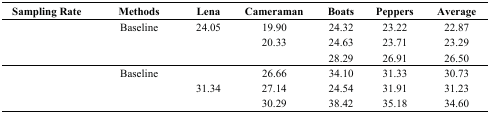
<table><thead><tr><td><b>Sampling Rate</b></td><td><b>Methods</b></td><td><b>Lena</b></td><td><b>Cameraman</b></td><td><b>Boats</b></td><td><b>Peppers</b></td><td><b>Average</b></td></tr></thead><tbody><tr><td rowspan="3">[EMPTY_CELL]</td><td>Baseline</td><td>24.05</td><td>19.90</td><td>24.32</td><td>23.22</td><td>22.87</td></tr><tr><td>[EMPTY_CELL]</td><td>[EMPTY_CELL]</td><td>20.33</td><td>24.63</td><td>23.71</td><td>23.29</td></tr><tr><td>[EMPTY_CELL]</td><td>[EMPTY_CELL]</td><td>[EMPTY_CELL]</td><td>28.29</td><td>26.91</td><td>26.50</td></tr><tr><td rowspan="3">[EMPTY_CELL]</td><td>Baseline</td><td>[EMPTY_CELL]</td><td>26.66</td><td>34.10</td><td>31.33</td><td>30.73</td></tr><tr><td>[EMPTY_CELL]</td><td>31.34</td><td>27.14</td><td>24.54</td><td>31.91</td><td>31.23</td></tr><tr><td>[EMPTY_CELL]</td><td>[EMPTY_CELL]</td><td>30.29</td><td>38.42</td><td>35.18</td><td>34.60</td></tr></tbody></table>